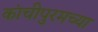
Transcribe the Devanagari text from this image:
कांचीपुरमच्या